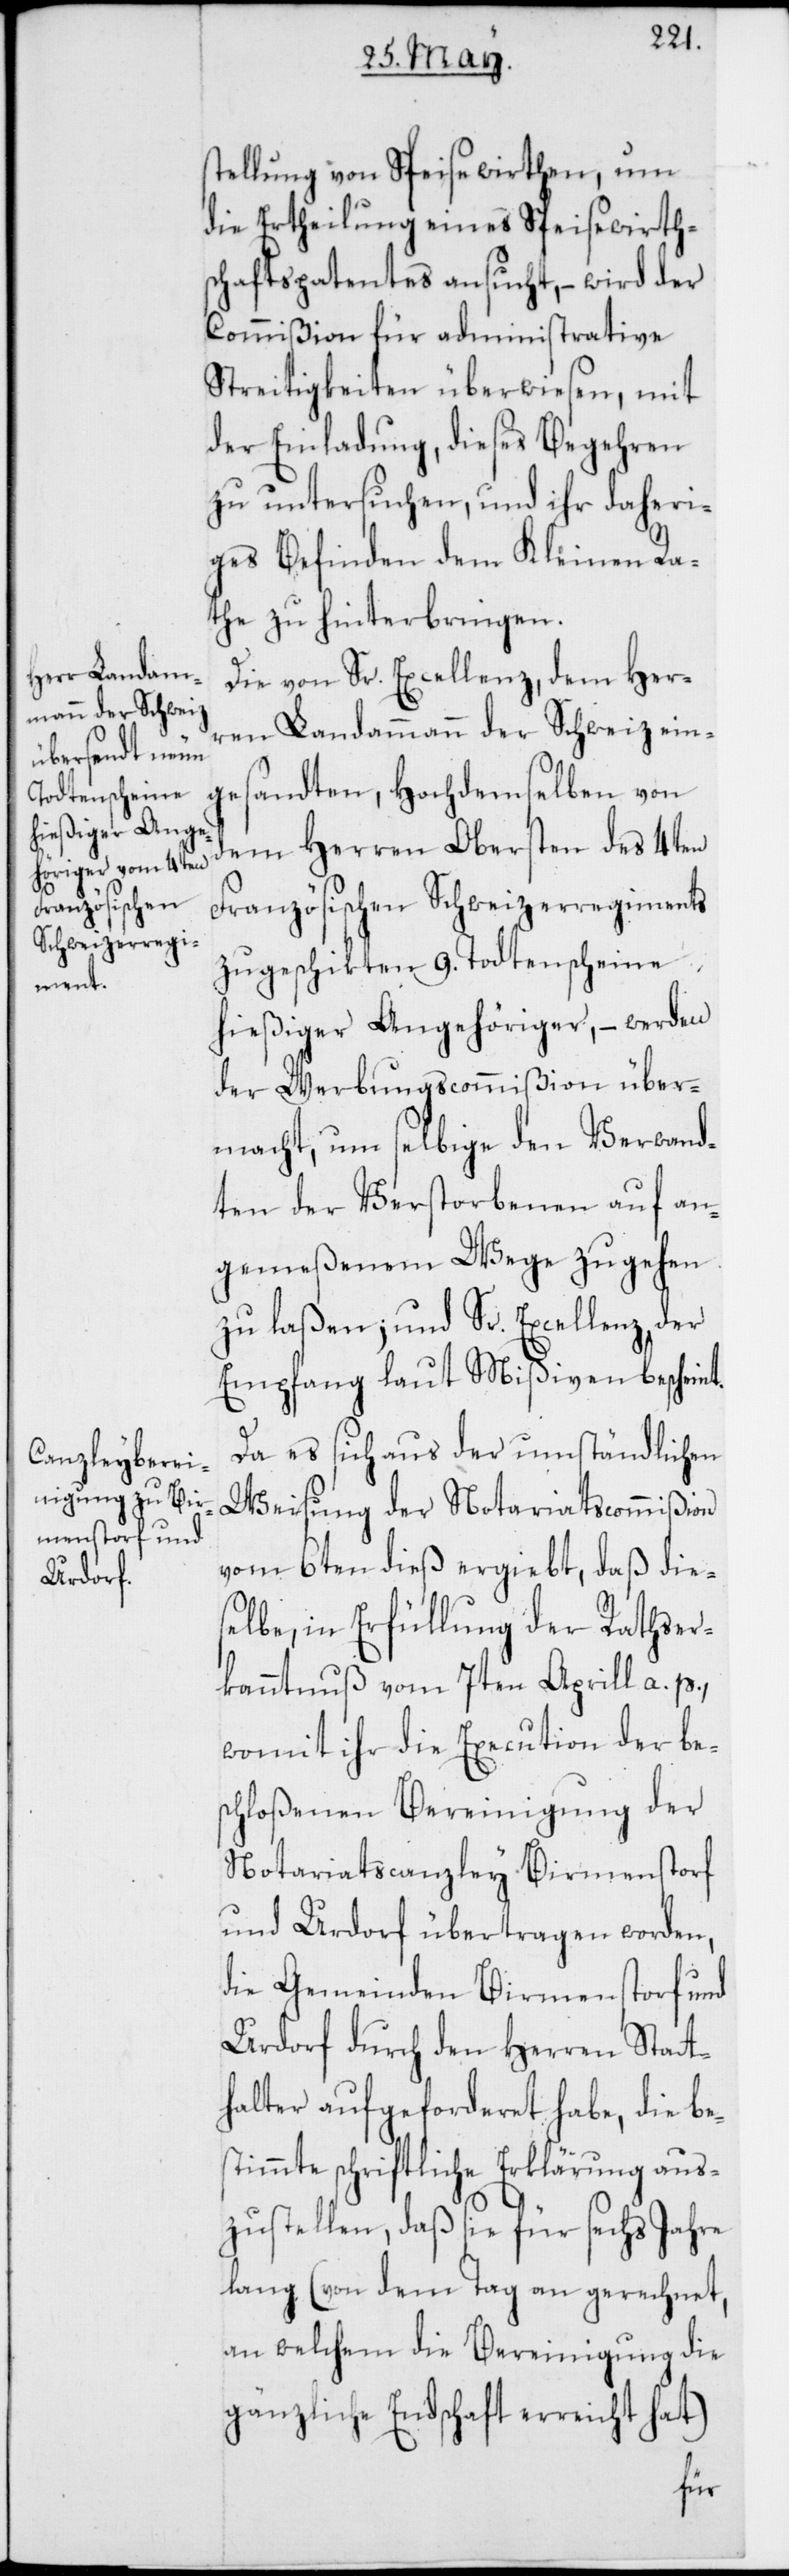
stellung von Speisewirthen, um
die Ertheilung eines Speisewirth¬
schaftspatentes ansucht, – wird der
Commißion für administrative
Streitigkeiten überwiesen, mit
der Einladung, dieses Begehren
zu untersuchen, und ihr daheri¬
ges Befinden dem Kleinen Ra¬
the zu hinterbringen.
Die von Sr. Excellenz, dem Her¬
ren Landammann der Schweiz ein¬
gesandten, Hochdemselben von
dem Herren Obersten des 4ten
Französischen Schweizer Regiments
zugeschikten 9. Todtenscheine
hießiger Angehöriger, – werden
der Werbungscommißion über¬
macht, um selbige den Verwand¬
ten der Verstorbenen auf an¬
gemeßenem Wege zugehen
zu laßen; und Sr. Excellenz, der
Empfang laut Mißiven bescheint.
Da es sich aus der umständlichen
Weisung der Notariatscommißion
vom 6ten dieß ergiebt, daß dies¬
elbe, in Erfüllung der Rathser¬
kanntnuß vom 7ten Aprill a. p.,
womit ihr die Execution der be¬
schloßenen Bereinigung der
Notariatscanzley Birmenstorf
und Urdorf übertragen worden,
die Gemeinden Birmenstorf und
Urdorf durch den Herren Stat¬
halter aufgeforderet habe, die be¬
stimmte schriftliche Erklärung aus¬
zustellen, daß sie für sechs Jahre
lang (von dem Tag an gerechnet,
an welchem die Bereinigung die
gänzliche Endschaft erreicht hat)